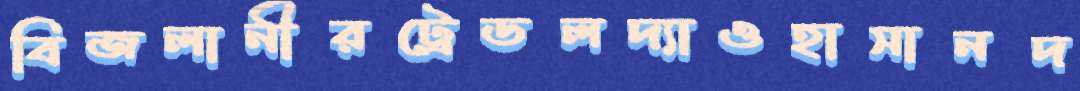
বিজলানীরট্রেডলদ্যাওহাসানদ